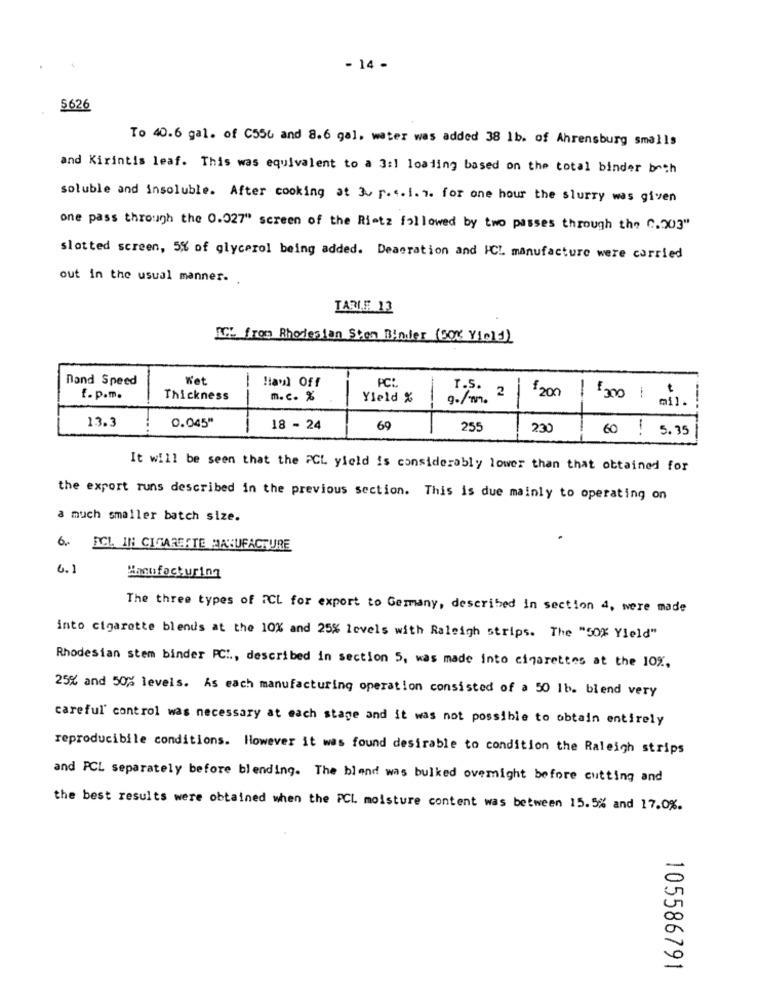
- 14 -
$626
To 40.6 gal. of C556 and 8.6 gal, water was added 38 1b. of Ahrensburg smalls
and Kirintis leaf. This was equivalent to a Jal loading based on the total binder both
soluble and insoluble. After cooking at 3 r.c. 1. 7. for one hour the slurry was given
one pass through the 0.027" screen of the Riotz followed by two passes through the C.203"
slotted screen, 5% of glycerol being added. Deaeration and HCL manufacture were carried
out in the usual manner.
TARIF 13
AC: from Rhodesian Sten Binder (50% Y1011)
Dand Speed
Wet
!avl Off
PC!
9./min. 2| 200
f. p.m.
Thickness
m.c. %
Yield %
mil .
13.3
0.045"
18 - 24
69
255
230
60 ! 5.35
It will be seen that the PCL yield is considerably lower than that obtained for
the export runs described in the previous section. This is due mainly to operating on
a much smaller batch size.
6 .. ICL IN CIGARETTE MANUFACTURE
6.1
Manufacturing
The three types of ICL for export to Germany, described in section 4, were made
into cigarette blends at the 10% and 25% levels with Raleigh strips. The "50% Yield"
Rhodesian stem binder PC .., described in section 5, was made into cigarettes at the 10%,
25% and 50% levels. As each manufacturing operation consisted of a 50 1b. blend very
careful' control was necessary at each stage and it was not possible to obtain entirely
reproducibile conditions. However it was found desirable to condition the Raleigh strips
and PCL separately before blending. The blend was bulked overnight before cutting and
the best results were obtained when the PCL moisture content was between 15.5% and 17.0%.
105586791